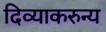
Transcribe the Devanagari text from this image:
दिव्याकरुन्य